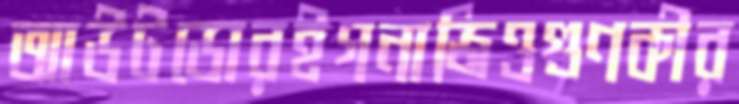
আউটডোরইগনাজিওগুণকীর